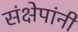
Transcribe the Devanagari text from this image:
संक्षेपांनी